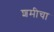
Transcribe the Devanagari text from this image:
शमीचा